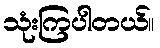
သုံးကြပါတယ်။